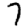
Digit: 7